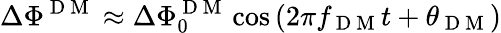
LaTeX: \Delta\Phi^{\mathrm{~D~M~}}\approx\Delta\Phi_{0}^{\mathrm{~D~M~}}\cos\left(2\pi f_{\mathrm{~D~M~}}t+\theta_{\mathrm{~D~M~}}\right)